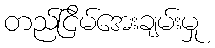
တည်ငြိမ်အေးချမ်းမှု